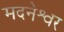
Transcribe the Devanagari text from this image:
मदनेश्वर